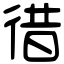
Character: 徣